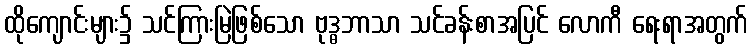
ထိုကျောင်းများ၌ သင်ကြားမြဲဖြစ်သော ဗုဒ္ဓဘာသာ သင်ခန်းစာအပြင် လောကီ ရေးရာအတွက်